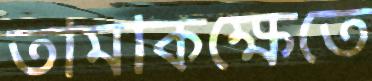
তামাকক্ষেতে